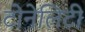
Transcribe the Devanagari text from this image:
टोनेलिटी